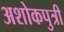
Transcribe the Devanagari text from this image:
अशोकपुत्री